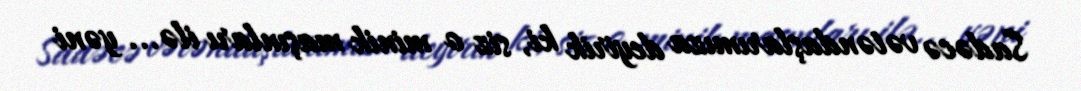
Sadəcə vətəndaşlarımıza deyirik ki, siz o minik maşınları ilə... yəni